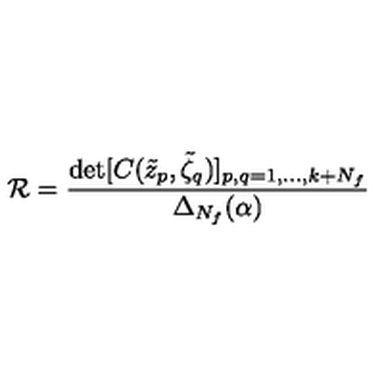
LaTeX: \mathcal { R } = \frac { \det [ C ( \tilde { z } _ { p } , \tilde { \zeta } _ { q } ) ] _ { p , q = 1 , \dots , k + N _ { f } } } { \Delta _ { N _ { f } } ( \alpha ) }